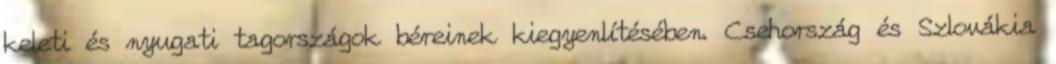
keleti és nyugati tagországok béreinek kiegyenlítésében. Csehország és Szlovákia